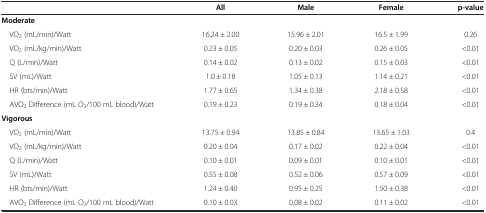
|  | All | Male | Female | p-value |
 | --- | --- | --- | --- | --- |
 | <COLSPAN=5> Moderate |
 | VO2 (mL/min)/Watt | 16.24 ± 2.00 | 15.96 ± 2.01 | 16.5 ± 1.99 | 0.26 |
 | VO2 (mL/kg/min)/Watt | 0.23 ± 0.05 | 0.20 ± 0.03 | 0.26 ± 0.05 | <0.01 |
 | Q (L/min)/Watt | 0.14 ± 0.02 | 0.13 ± 0.02 | 0.15 ± 0.03 | <0.01 |
 | SV (mL)/Watt | 1.0 ± 0.18 | 1.05 ± 0.13 | 1.14 ± 0.21 | <0.01 |
 | HR (bts/min)/Watt | 1.77 ± 0.65 | 1.34 ± 0.38 | 2.18 ± 0.58 | <0.01 |
 | AVO2 Difference (mL O2/100 mL blood)/Watt | 0.19 ± 0.23 | 0.19 ± 0.34 | 0.18 ± 0.04 | <0.01 |
 | <COLSPAN=5> Vigorous |
 | VO2 (mL/min)/Watt | 13.75 ± 0.94 | 13.85 ± 0.84 | 13.65 ± 1.03 | 0.4 |
 | VO2 (mL/kg/min)/Watt | 0.20 ± 0.04 | 0.17 ± 0.02 | 0.22 ± 0.04 | <0.01 |
 | Q (L/min)/Watt | 0.10 ± 0.01 | 0.09 ± 0.01 | 0.10 ± 0.01 | <0.01 |
 | SV (mL)/Watt | 0.55 ± 0.08 | 0.52 ± 0.06 | 0.57 ± 0.09 | <0.01 |
 | HR (bts/min)/Watt | 1.24 ± 0.40 | 0.95 ± 0.25 | 1.50 ± 0.38 | <0.01 |
 | AVO2 Difference (mL O2/100 mL blood)/Watt | 0.10 ± 0.03 | 0.08 ± 0.02 | 0.11 ± 0.02 | <0.01 |